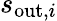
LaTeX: s_{\mathrm{out},i}